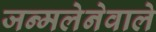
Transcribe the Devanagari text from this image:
जन्मलेनेवाले